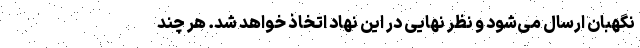
نگهبان ارسال می‌شود و نظر نهایی در این نهاد اتخاذ خواهد شد. هر چند